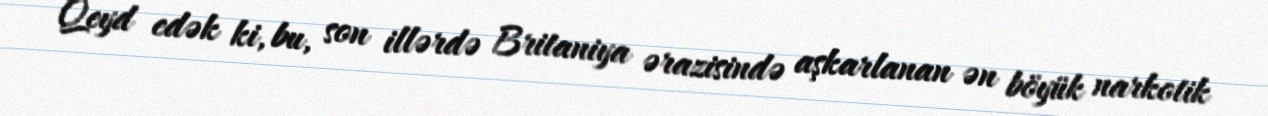
Qeyd edək ki, bu, son illərdə Britaniya ərazisində aşkarlanan ən böyük narkotik